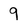
Character: 9